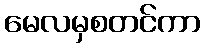
မေလမှစတင်ကာ